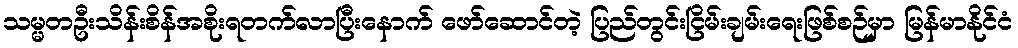
သမ္မတဦးသိန်းစိန်အစိုးရတက်လာပြီးနောက် ဖော်ဆောင်တဲ့ ပြည်တွင်းငြိမ်းချမ်းရေးဖြစ်စဉ်မှာ မြန်မာနိုင်ငံ